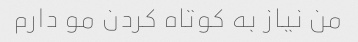
من نیاز به کوتاه کردن مو دارم